King Institute of Preventive Medicine Micro-Biological Section reports 1909-11
Year: 1909
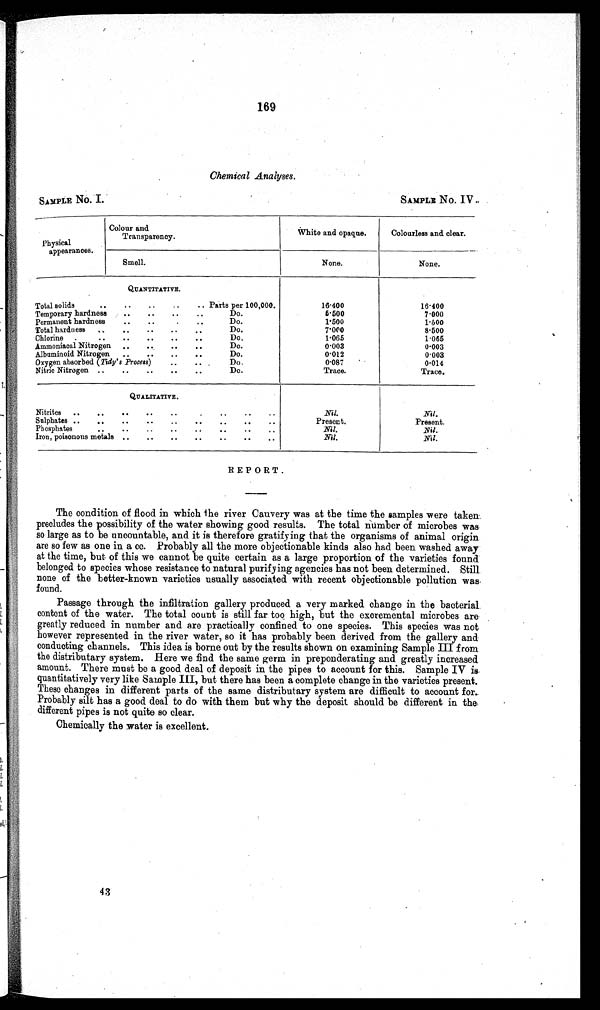
169
Chemical Analyses.
SAMPLE No. I.
SAMPLE No. IV
Physical
appearances.
Colour and
Transparency.
White and opaque.
Colourless and clear.
Smell.
None.
None.
QUANTITATIVE.
Total solids
..
..
..
Parts per 100,000.
16.400
16.400
Do.
6.500
7.000
Temporary hardness ..
..
Do.
1.500
1.500
Permanent hardness
..
..
..
Do.
7.000
8.500
Total hardness
..
..
..
..
Do.
1.065
1.065
Chlorine .. .. .. .. .. ..
Do.
0.003
0.003
Ammoniacal Nitrogen .. ..
..
Do.
0.012
0.003
Albuminoid Nitrogen..
..
..
..
Do.
0.087
0.014
Oxygen absorbed (Tidy's Process)
..
..
Do.
Trace.
Trace.
Nitric Nitrogen ..
..
..
..
..
QUALITATIVE.
Nitrites ..
..
..
..
..
. .. .. ..
Nil.
Nil.
Present.
Present.
Sulphates ..
..
..
..
..
..
..
..
..
Phosphates
..
..
..
..
..
..
Nil.
Nil.
Iron, poisonous metals ..
..
..
..
..
..
..
Nil.
Nil.
REPORT.
The condition of flood in which the river Cauvery was at the time the samples were taken
precludes the possibility of the water showing good results. The total number of microbes was
so large as to be uncountable, and it is therefore gratifying that the organisms of animal origin
are so few as one in a cc. Probably all the more objectionable kinds also had been washed away
at the time, but of this we cannot be quite certain as a large proportion of the varieties found
belonged to species whose resistance to natural purifying agencies has not been determined. Still
none of the better-known varieties usually associated with recent objectionable pollution was
found.
Passage through the infiltration gallery produced a very marked change in the bacterial
content of the water. The total count is still far too high, but the excremental microbes are
greatly reduced in number and are practically confined to one species. This species was not
however represented in the river water, so it has probably been derived from the gallery and
conducting channels. This idea is borne out by the results shown on examining Sample III from
the distributary system. Here we find the same germ in preponderating and greatly increased
amount. There must be a good deal of deposit in the pipes to account for this. Sample IV is
quantitatively very like Sample III, but there has been a complete change in the varieties present.
These changes in different parts of the same distributary system are difficult to account for
. P r o b a b l y s i l t h a s a g o o d d e a l t o d o w i t h t h e m b u t w h y t h e d e p o s i t s h o u l d b e d i f f e r e n t i n t h e
different pipes is not quite so clear.
Chemically the water is excellent.
43